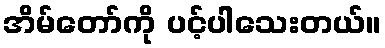
အိမ်တော်ကို ပင့်ပါသေးတယ်။